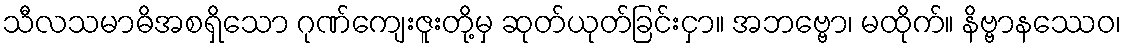
သီလသမာဓိအစရှိသော ဂုဏ်ကျေးဇူးတို့မှ ဆုတ်ယုတ်ခြင်းငှာ။ အဘဗ္ဗော၊ မထိုက်။ နိဗ္ဗာနဿေဝ၊